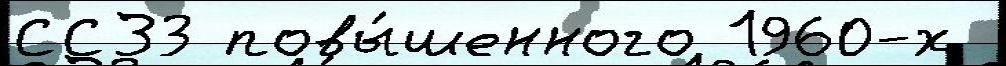
ССЗ3 повы́шенного 1960-х